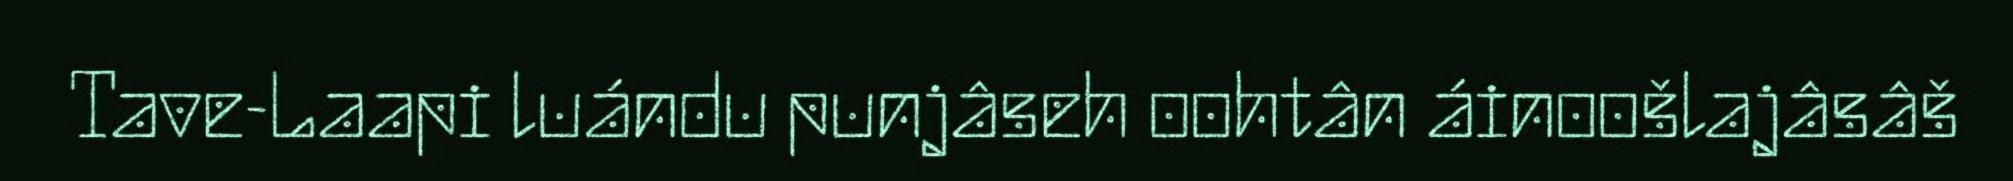
Tave-Laapi luándu punjâseh oohtân áinoošlajâsâš